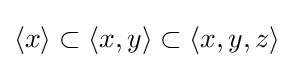
\langle x\rangle \subset \langle x,y\rangle \subset \langle x,y,z\rangle